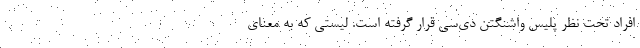
افراد تحت نظر پلیس واشنگتن دی‌سی قرار گرفته است. لیستی که به معنای